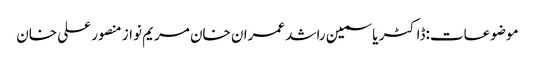
موضوعات:ڈاکٹر یاسمین راشد عمران خان مریم نواز منصور علی خان